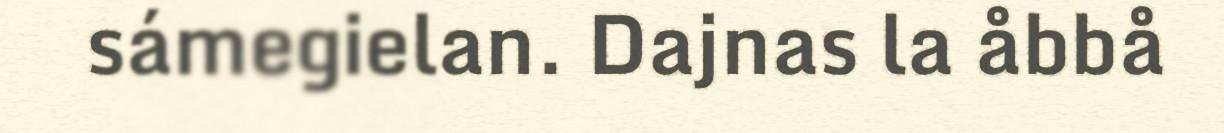
sámegielan. Dajnas la åbbå